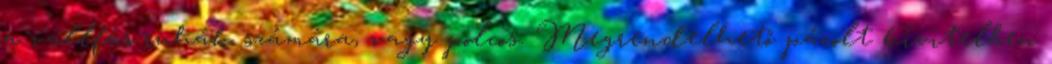
a vállfás ruhák számára, vagy polcos. Megrendelhető pácolt kivitelben